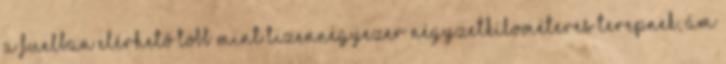
a Fuelban elérhető több mint tizennégyezer négyzetkilométeres terepnek, ám